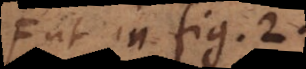
ut in fig. 2.